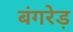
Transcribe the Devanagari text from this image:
बंगरेड़